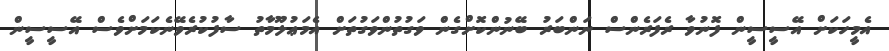
އެމީހަކަށް އޭސީސީން ފޮނުވާ ރެފަރެންސް ނަންބަރު ބޭނުންކޮށްގެން ވަގުތުންވަގުތަށް އެމަޢުލޫމާތު ސާފުކުރެވޭނެކަމަށްވެސް އޭސީސީން